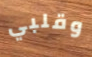
وقلبي